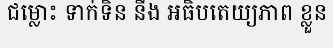
ជម្លោះ ទាក់ទិន នឹង អធិបតេយ្យភាព ខ្លួន